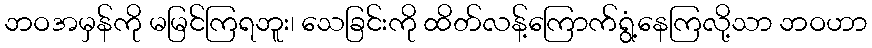
ဘဝအမှန်ကို မမြင်ကြရဘူး၊ သေခြင်းကို ထိတ်လန့်ကြောက်ရွံ့နေကြလို့သာ ဘဝဟာ